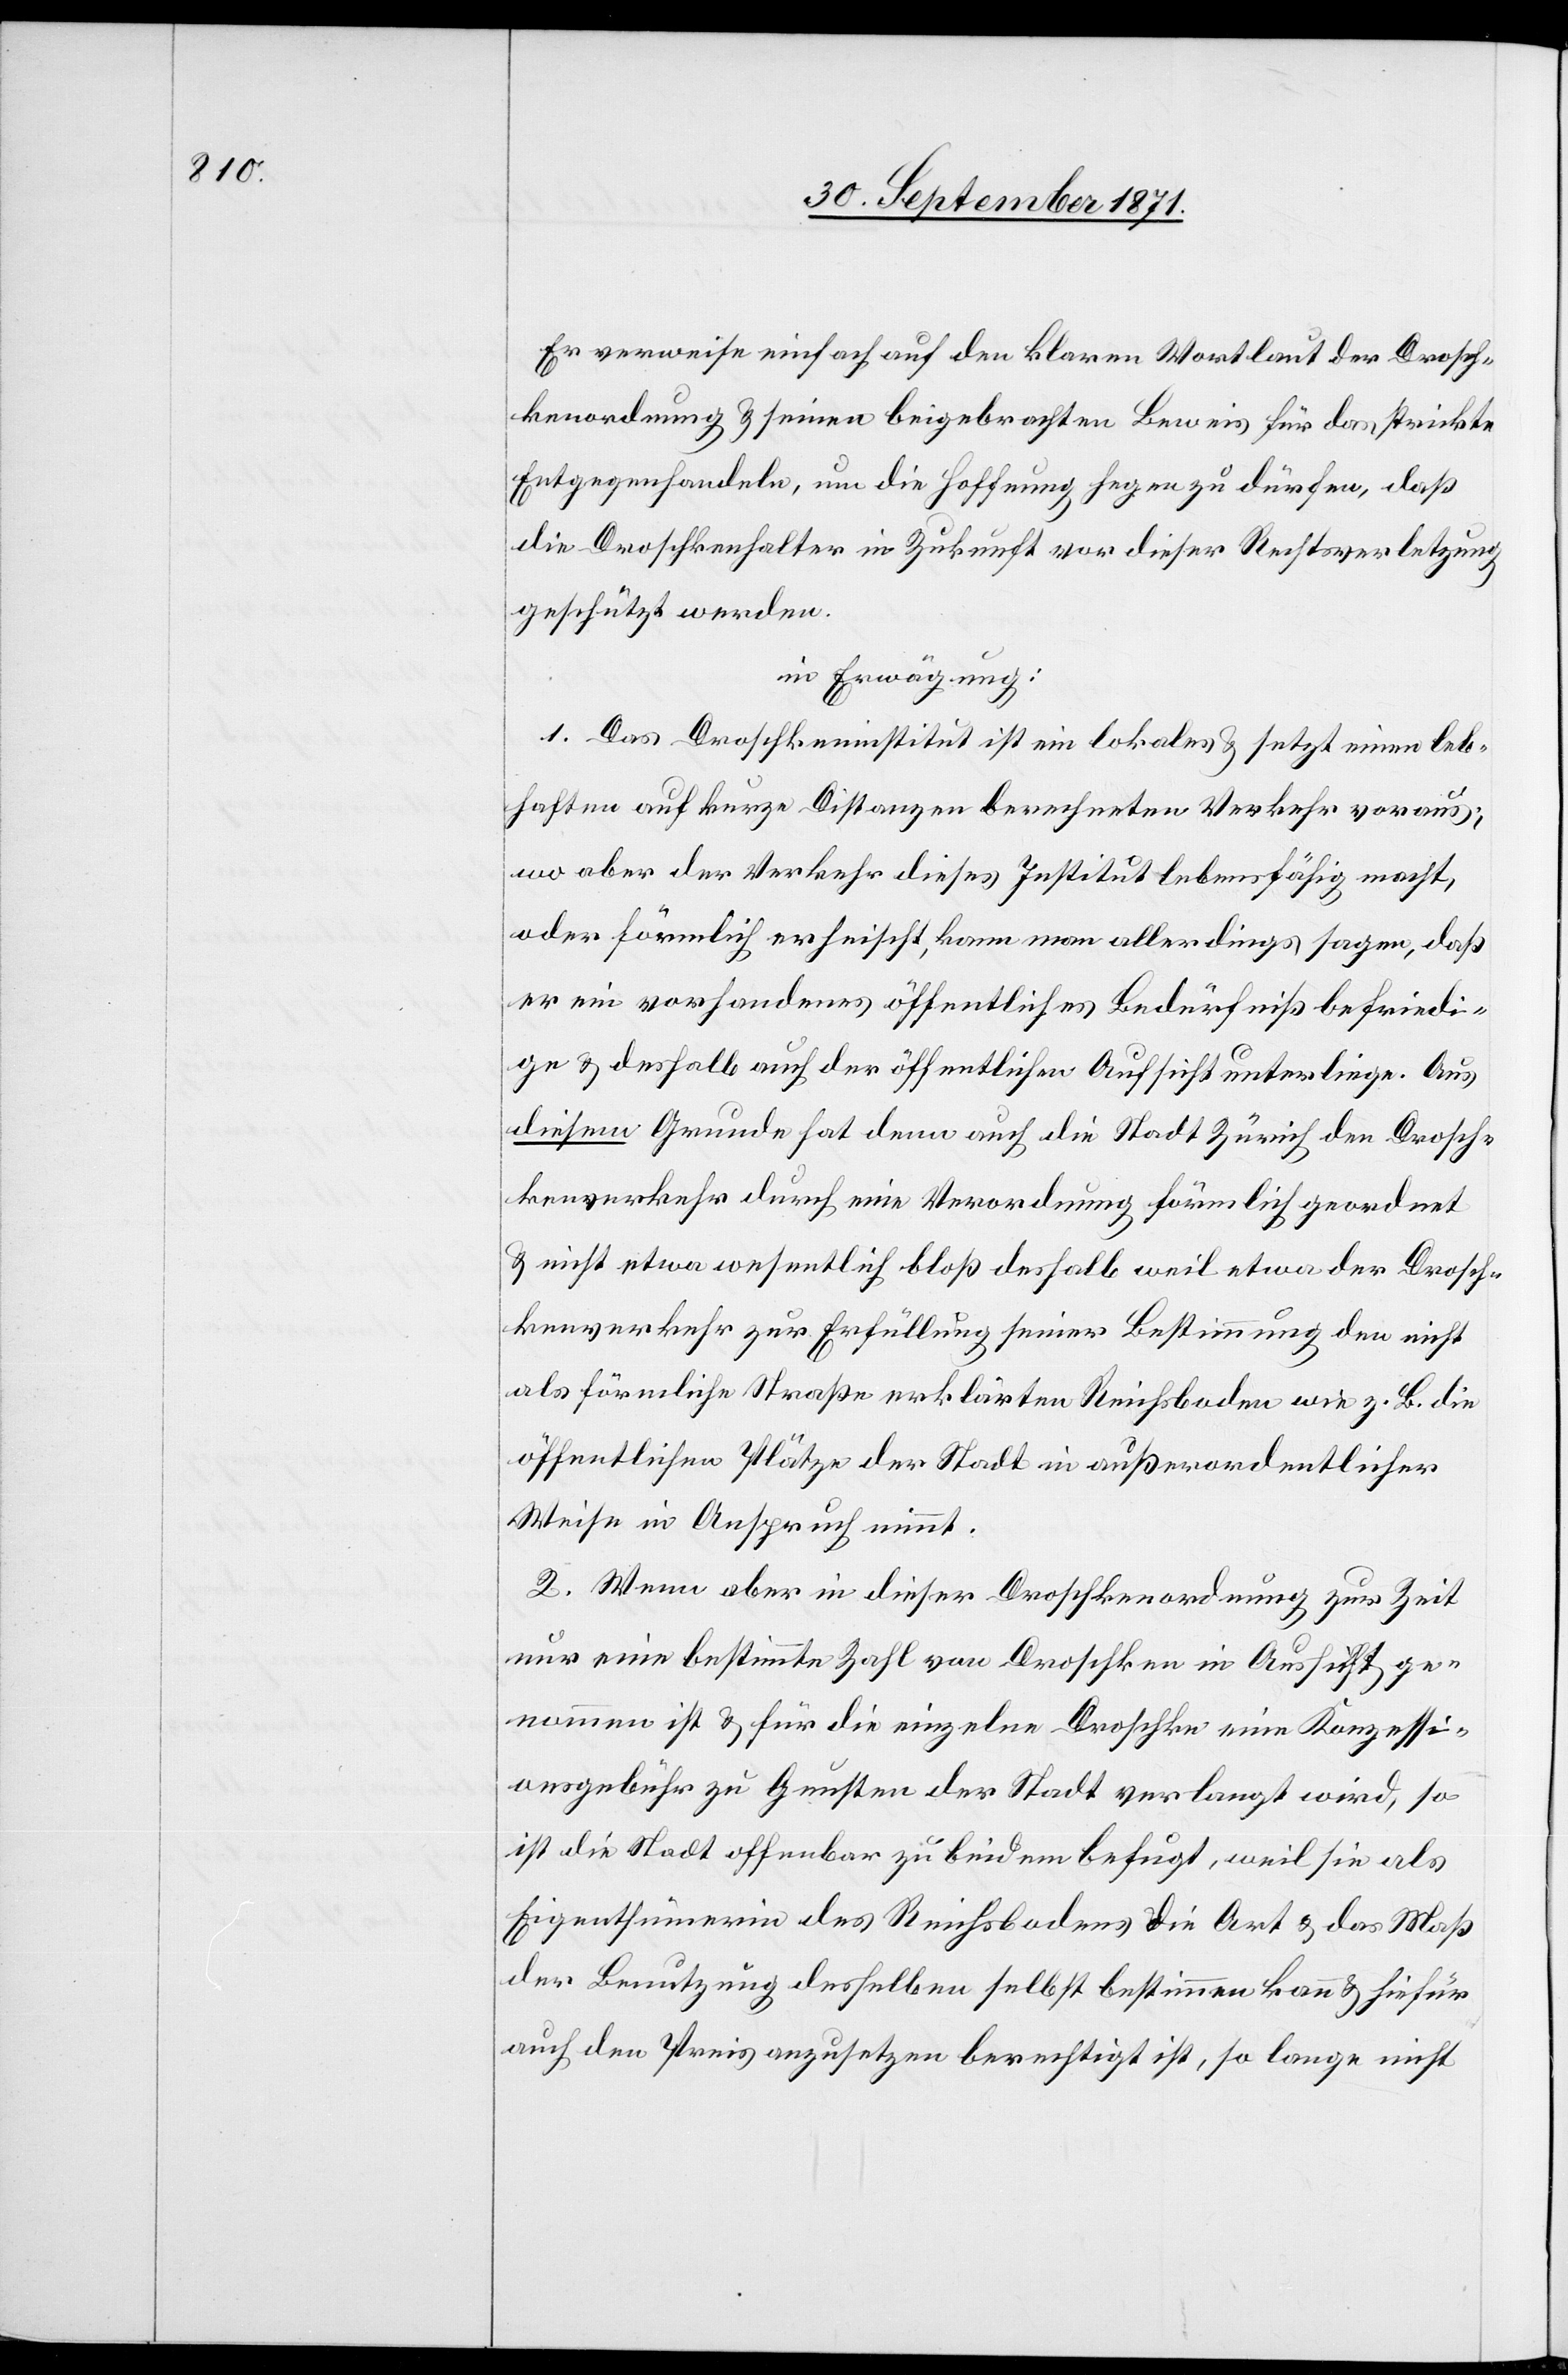
Drosc¬

Er verweise einfach auf den klaren Wortlaut der Drosch¬
kenordnung & seinen beigebrachten Beweis für das strikte
Entgegenhandeln, um die Hoffnung hegen zu dürfen, daß
die Droschkenhalter in Zukunft vor dieser Rechtsverletzung
geschützt werden.
in Erwägung:
1. Das Droschkeninstitut ist ein lokales & setzt einen leb¬
haften auf kurze Distanzen berechneten Verkehr voraus;
wo aber der Verkehr dieses Institut lebensfähig macht,
oder förmlich erheischt, kann man allerdings sagen, daß
er ein vorhandenes öffentliches Bedürfniß befriedi¬
ge & deshalb auch der öffentlichen Aufsicht unterliege. Aus
diesem Grund hat denn auch die Stadt Zürich den Drosch¬
kenverkehr durch Verordnung förmlich geordnet & nicht etwa
hkenverkehr zur Erfüllung seiner Bestimmung den nicht
als förmliche Straße erklärten Reichsboden wie z. B. die
öffentlichen Plätze der Stadt in außerordentlicher
Weise in Anspruch nimmt.
2. Wenn aber in dieser Droschkenordnung zur Zeit
nur eine bestimmte Zahl von Droschken in Aussicht ge¬
nommen ist & für die einzelnen Droschken eine Konzessi¬
onsgebühr zu Gunsten der Stadt verlangt wird, so
ist die Stadt offenbar zu beidem befugt, weil sie als
Eigenthümerin des Reichsbodens die Art & das Maß
der Benutzung derselben selbst bestimmen kann & hiefür
auch den Preis anzusetzen berechtigt ist, so lange nicht